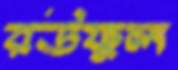
রউফুল